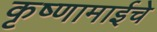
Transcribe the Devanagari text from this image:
कृष्णामाईचे